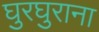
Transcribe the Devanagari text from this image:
घुरघुराना